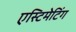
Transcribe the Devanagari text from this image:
एस्टिमेटिंग